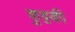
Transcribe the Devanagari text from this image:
कुट्टकी